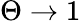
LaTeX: \Theta\to 1